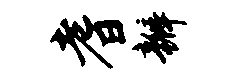
耆瓣